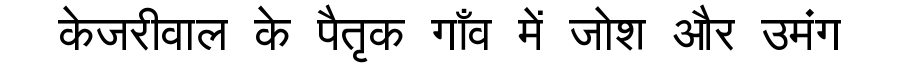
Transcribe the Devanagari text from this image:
केजरीवाल के पैतृक गाँव में जोश और उमंग